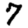
Digit: 7